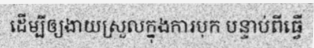
ដើម្បីឲ្យងាយស្រួលក្នុងការបុក បន្ទាប់ពីធ្វើ